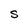
Character: S